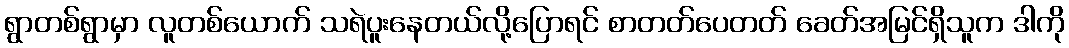
ရွာတစ်ရွာမှာ လူတစ်ယောက် သရဲပူးနေတယ်လို့ပြောရင် စာတတ်ပေတတ် ခေတ်အမြင်ရှိသူက ဒါကို